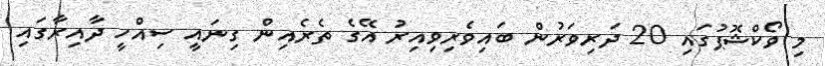
މި ވޯކްޝޮޕުގައި 20 ދަރިވަރުން ބައިވެރިވިއިރު އޭގެ ތެރެއިން ގިނައީ ސިއްހީ ދާއިރާގައި